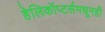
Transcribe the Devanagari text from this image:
हेलिकॉप्टर्समधूनही